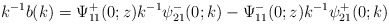
\begin{align*}k^{-1}b(k)=\Psi^+_{11}(0 ; z) k^{-1} \psi^-_{21}(0 ; k)-\Psi^-_{11}(0;z)k^{-1}\psi^+_{21}(0 ; k)\end{align*}